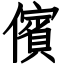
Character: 儐